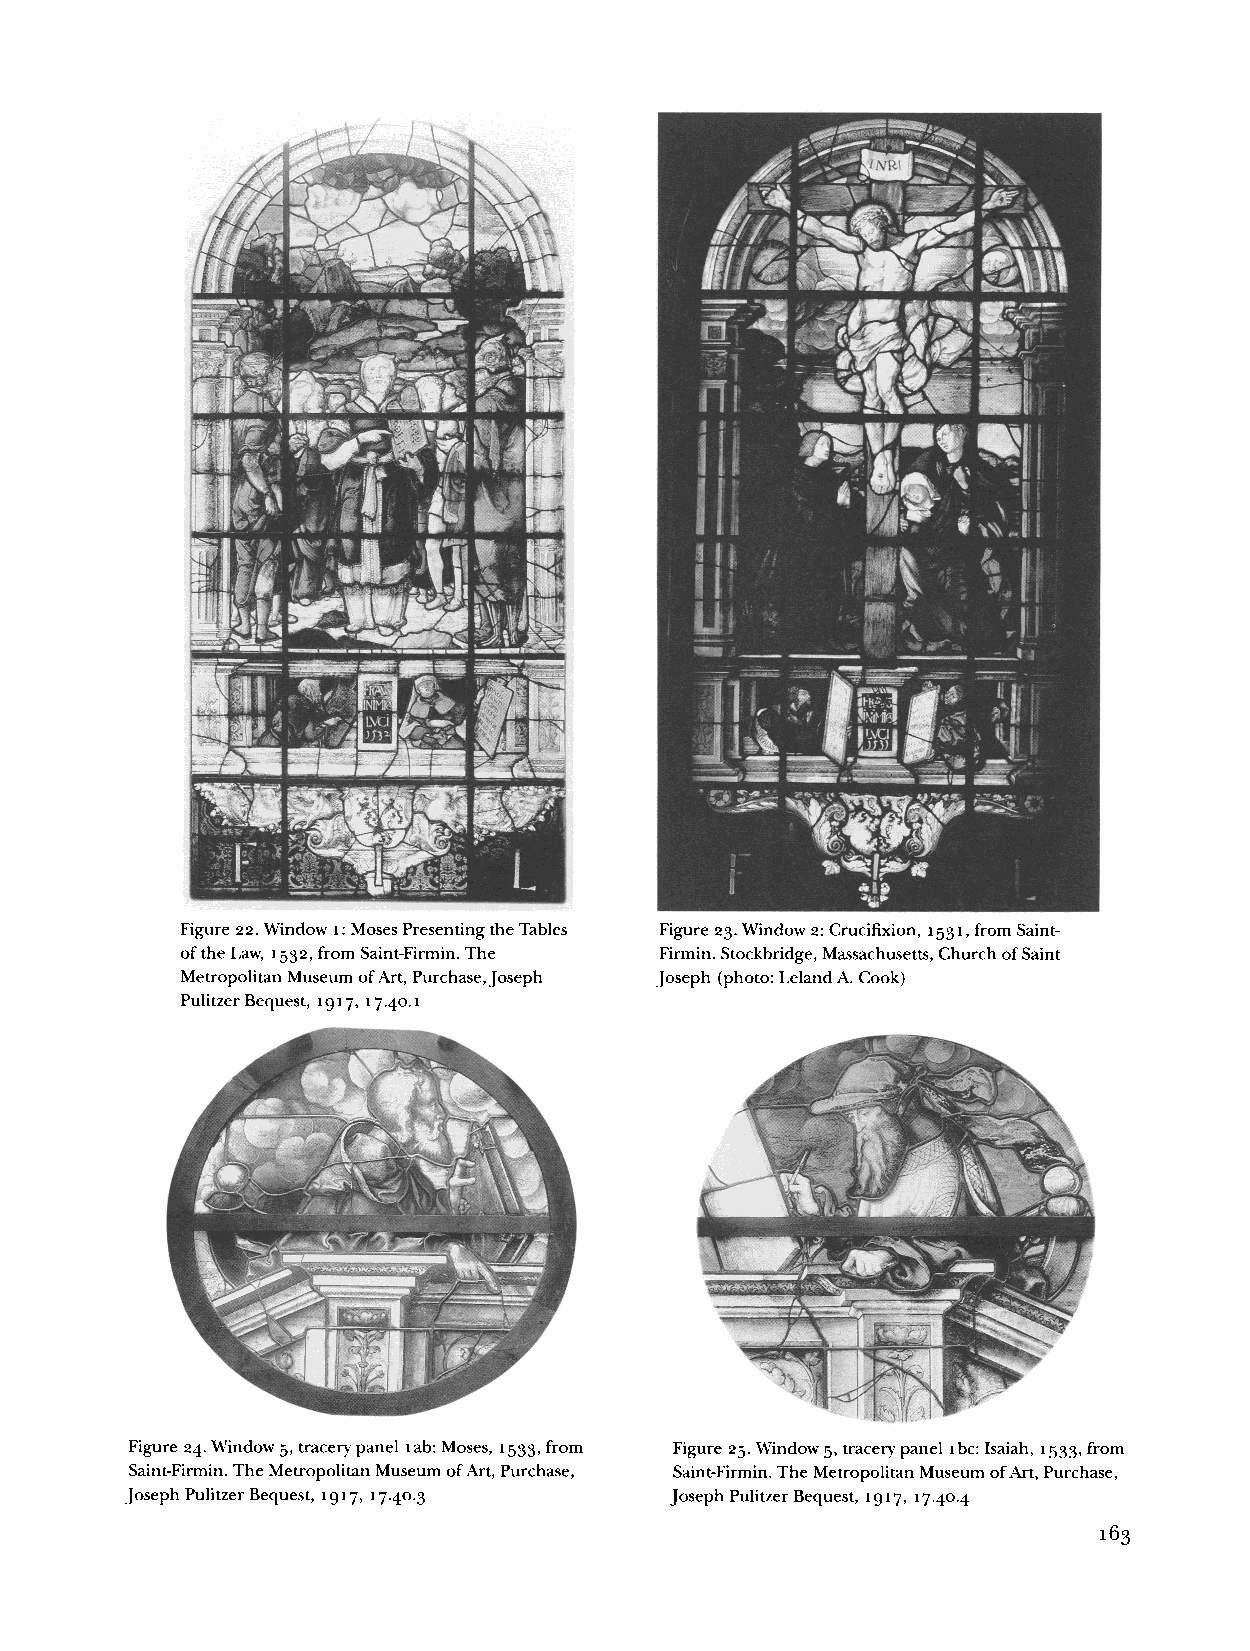
Figure 22. Window i: Moses Presenting the Tables Figure 23. Window 2: Crucifixion, 1531, from Saint-
 of the Law, 1532, from Saint-Firmin. The Firmin. Stockbridge, Massachusetts, Church of Saint
 Metropolitan Museum of Art, Purchase,Joseph Joseph (photo: Leland A. Cook)
 Pulitzer Bequest, 1917, 17.40.1
 Figure 24. Window 5, tracery panel lab: Moses, 1533, from Figure 25. Window 5, tracery panel ibc: Isaiah, 1533, from
 Saint-Firmin. The Metropolitan Museum of Art, Purchase, Saint-Firmin. The Metropolitan Museum of Art, Purchase,
 Joseph Pulitzer Bequest, 1917, 17.40.3 Joseph Pulitzer Bequest, 1917, 17.40.4
 163